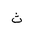
Letter: _tha